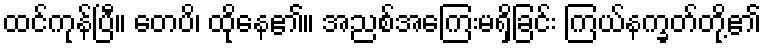
ထင်ကုန်ပြီ။ တေပိ၊ ထိုနေ၏။ အညစ်အကြေးမရှိခြင်း ကြယ်နက္ခတ်တို့၏